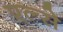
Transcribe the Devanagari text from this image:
एल्से